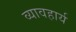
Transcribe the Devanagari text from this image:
व्यावहार्य